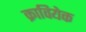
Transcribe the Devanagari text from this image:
क्रावियेक